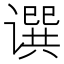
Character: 𬤥